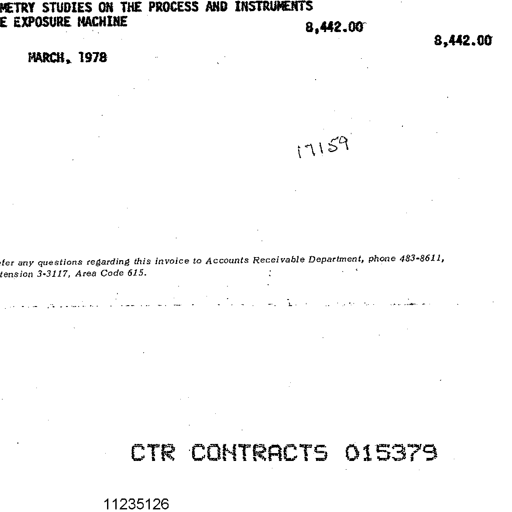
METRY STUDIES ON THE PROCESS AND INSTRUMENTS
E EXPOSURE MACHINE
8,442.00
8,442.00
MARCH, 1978

17159
for any questions regarding this invoice to Accounts Receivable Department, phone 483-8611,
tension 3-3117, Area Code 615.
CTR CONTRACTS 015379
11235126